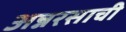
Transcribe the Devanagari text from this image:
अन्नरसाची